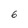
Character: 6